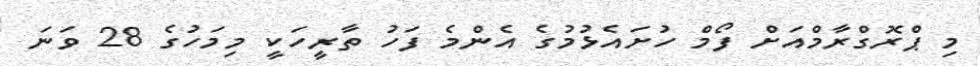
މި ޕްރޮގްރާމްއަށް ފޯމް ހުށައެޅުމުގެ އެންމެ ފަހު ތާރީހަކީ މިމަހުގެ 28 ވަނަ